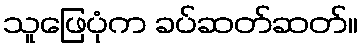
သူဖြေပုံက ခပ်ဆတ်ဆတ်။